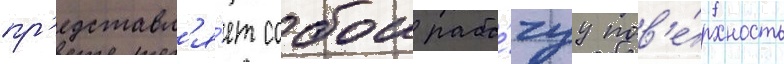
пр'едставл'я́ет собои рабо́чуу пов'е́рхность